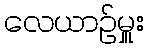
လေယာဉ်မှူး